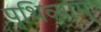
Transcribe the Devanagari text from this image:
पृथिव्याम्